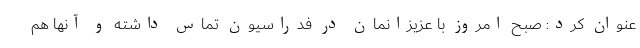
عنوان کرد: صبح امروز با عزیزانمان در فدراسیون تماس داشته و آنها هم